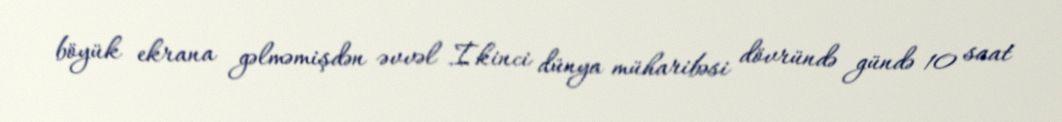
böyük ekrana gəlməmişdən əvvəl İkinci dünya müharibəsi dövründə gündə 10 saat